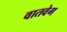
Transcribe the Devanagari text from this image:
वातवेग